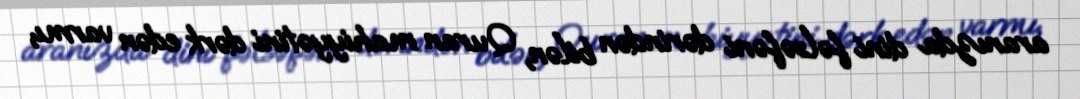
aranızda dini fəlsəfəni dərindən bilən, Quran mahiyyətini dərk edən varmı,